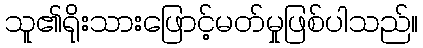
သူ၏ရိုးသားဖြောင့်မတ်မှုဖြစ်ပါသည်။